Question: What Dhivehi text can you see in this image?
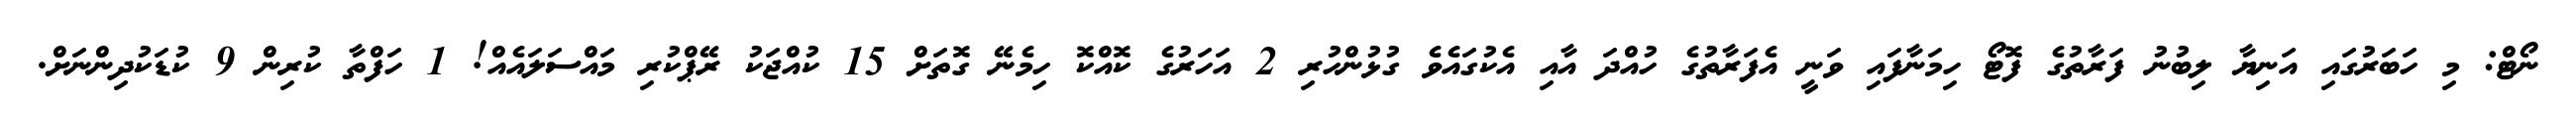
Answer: ނޯޓް: މި ހަބަރުގައި އަނިޔާ ލިބުނު ފަރާތުގެ ފޮޓޯ ހިމަނާފައި ވަނީ އެފަރާތުގެ ހުއްދަ އާއި އެކުގައެވެ ގުޅުންހުރި 2 އަހަރުގެ ކޮއްކޮ ހިމެނޭ ގޮތަށް 15 ކުއްޖަކު ރޭޕްކުރި މައްސަލައެއް! 1 ހަފްތާ ކުރިން 9 ކުޑަކުދިންނަށް.